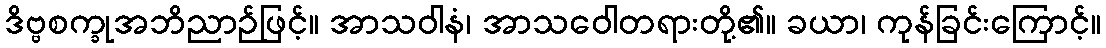
ဒိဗ္ဗစက္ခုအဘိညာဉ်ဖြင့်။ အာသဝါနံ၊ အာသဝေါတရားတို့၏။ ခယာ၊ ကုန်ခြင်းကြောင့်။